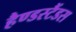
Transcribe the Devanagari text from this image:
हैण्डस्टैंडस